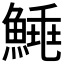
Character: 𩹣